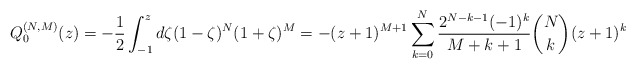
\begin{gather*} Q_{0}^{(N,M) }(z) =-\frac{1}{2}\int_{-1}^{z}d\zeta (1-\zeta) ^{N}(1+\zeta) ^{M} =- ( z+1 ) ^{M+1}\sum_{k=0}^{N}\frac{2^{N-k-1}(-1) ^{k}}{M+k+1}\binom{N}{k} ( z+1 ) ^{k}\end{gather*}